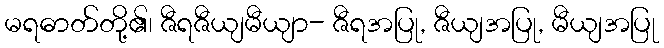
မရဓာတ်တို့၏၊ ဇီရဇီယျမီယျာ- ဇီရအပြု, ဇီယျအပြု, မီယျအပြု